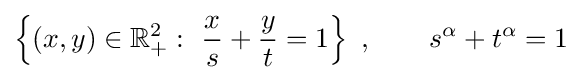
\left\{(x,y)\in \mathbb {R} _{+}^{2}:\ {\frac {x}{s}}+{\frac {y}{t}}=1\right\}\ ,\qquad s^{\alpha }+t^{\alpha }=1